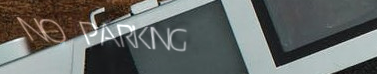
NO PARKING